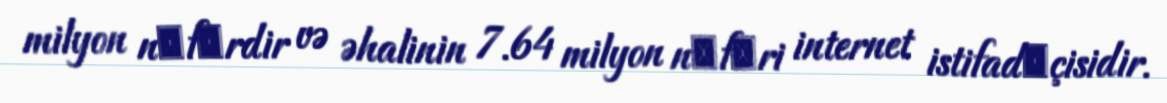
milyon nәfәrdir və əhalinin 7.64 milyon nәfәri internet istifadәçisidir.